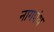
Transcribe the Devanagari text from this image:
नागपंथ